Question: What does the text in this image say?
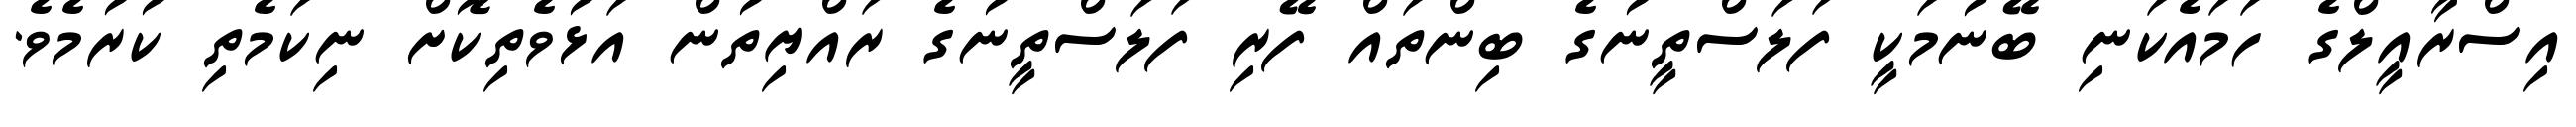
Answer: އިސްރާއީލްގެ ހަމައެކަނި ބޭނުމަކީ ފަލަސްތީނުގެ ބިންތައް ފޭރި ފަލަސްތީނުގެ ރައްޔިތުން އަޅުވެތިކޮށް ނިކަމެތި ކުރުމެވެ.